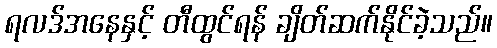
ရလဒ်အနေနှင့် တီထွင်ရန် ချိတ်ဆက်နိုင်ခဲ့သည်။